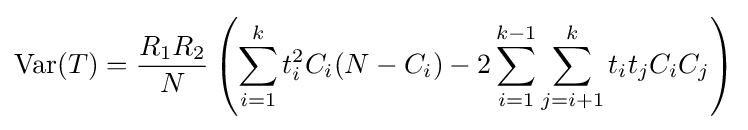
{\rm {Var}}(T)={\frac {R_{1}R_{2}}{N}}\left(\sum _{i=1}^{k}t_{i}^{2}C_{i}(N-C_{i})-2\sum _{i=1}^{k-1}\sum _{j=i+1}^{k}t_{i}t_{j}C_{i}C_{j}\right)